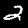
Label: 2